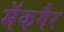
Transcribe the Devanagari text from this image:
मॅकगैर